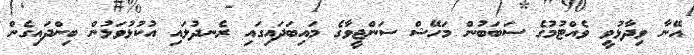
އޭނާ ވިދާޅުވީ ވެއްޓުމުގެ ސަބަބުން މަހޭޝް ސަންޖީވާގެ މައިބަދައިގައި ރެނދުލައި އުކުޅުވަޅުން ބިންދައިގެން